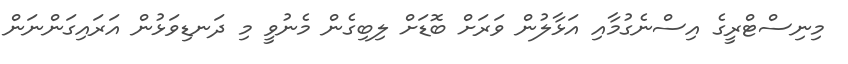
މިނިސްޓްރީގެ އިސްނެގުމާއި އަޅާލުން ވަރަށް ބޮޑަށް ލިބިގެން މެނުވީ މި ދަނޑިވަޅުން އަރައިގަންނަން